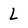
Character: L